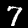
Digit: 7